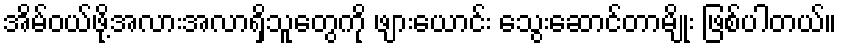
အိမ်ဝယ်ဖို့အလားအလာရှိသူတွေကို ဖျားယောင်း သွေးဆောင်တာမျိုး ဖြစ်ပါတယ်။